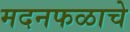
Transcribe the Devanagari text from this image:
मदनफळाचे